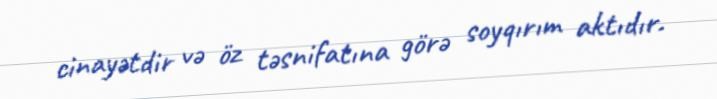
cinayətdir və öz təsnifatına görə soyqırım aktıdır.